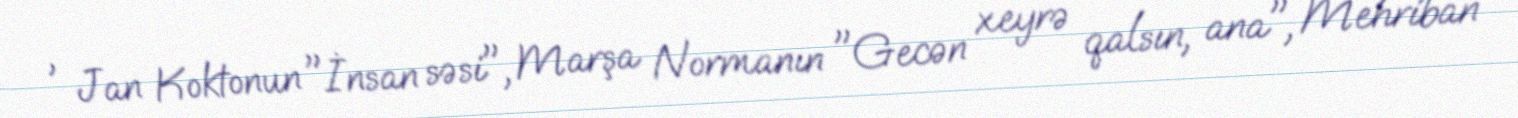
, Jan Koktonun "İnsan səsi", Marşa Normanın "Gecən xeyrə qalsın, ana", Mehriban